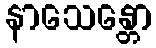
နာသေန္တော